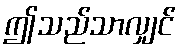
ဤသည်သာလျှင်